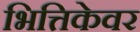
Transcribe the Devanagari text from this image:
भित्तिकेवर